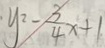
y ^ { 2 } - \frac { 3 } { 4 } x + 1